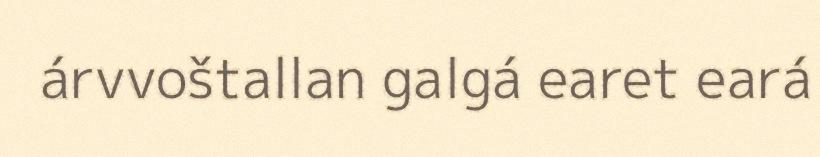
árvvoštallan galgá earet eará